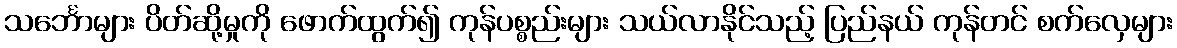
သင်္ဘောများ ပိတ်ဆို့မှုကို ဖောက်ထွက်၍ ကုန်ပစ္စည်းများ သယ်လာနိုင်သည့် ပြည်နယ် ကုန်တင် စက်လှေများ